Vital statistics of India. Vol. V, Reports of 1876 on armies & jails and on epidemic cholera
Year: 1876
Disease focus: Cholera
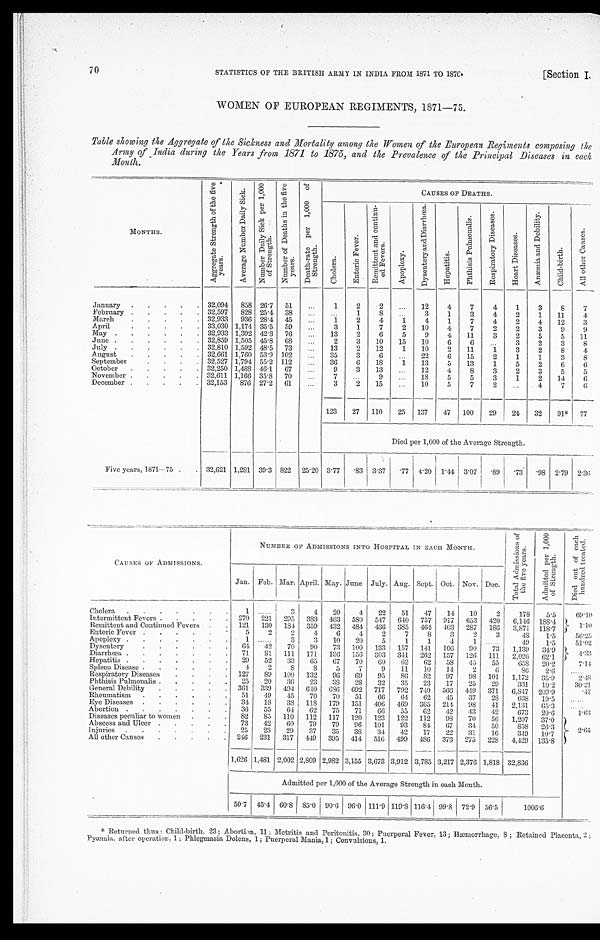
70
(Section I.
STATISTICS OF THE BRITISH ARMY IN INDIA FROM 1871 TO 1876.
WOMEN OF EUROPEAN REGIMENTS, 1871—75.
Table showing the Aggregate of the Sickness and Mortality among the Women of the European Regiments composing the
Army of India during the Years from 1871 to 1875, and the Prevalence of the Principal Diseases in each
Month.
MONTHS.
A g g r e g a t e S t r e n g t h o f t h e f i v e y e a r s .
A v e r a g e N u m b e r D a i l y S i c k .
N u m b e r D a i l y S i c k P e r 1 , 0 0 0 o f S t r e n g t h .
N u m b e r o f D e a t h s i n t h e f i v e y e a r s .
D e a t h - r a t e P e r 1 , 0 0 0 o f S t r e n g t h .
CAUSES OF DEATHS.
C h o l e r a .
E n t e r i c F e v e r .
R e m i t t e n t a n d c o n t i n u - e d F e v e r s .
A p o p l e x y .
D y s e n t e r y a n d D i a r r h œ a .
H e p a t i t i s .
P h t h i s i s P u l m o n a l i s .
R e s p i r a t o r y D i s e a s e s .
H e a r t D i s e a s e s .
A n æ m i a a n d D e b i l i t y .
C h i l d - b i r t h .
A l l o t h e r C a u s e s .
January . . . 32,094
858
26.7
51
. . .
1
2
2
. . .
12
4
7
4
1
3
8
7
February . . . 32,597
828 25.4
38
. . .
. . .
1
8
. . .
3
1
3
4
2
1
11
4
March . . . 32,933
936
28.4
45
. . .
1
2
4
1
4
1
7
4
2
4
12
3
April . . . 33,030 1,174 35.5
59
. . .
3
1
7
2
10
4
7
2
2
3
9
9
May . . . 32,933 1,392 42.3
76
. . .
13
2
6
5
9
4
11
3
2
5
5
11
June . . . 32,859 1,505 45.8
68
. . .
2
3
10
15
10
6
6
. . .
3
2
3
8
July . . . 32,810 1,592 48.5
73
. . .
13
2
12
1
10
2
11
1
3
2
8
4
August . . . 32,661 1,760 53.9
102
. . .
35
3
6
. . . 22
6
15
2
1
1
3
8
September . . . 32,527 1,794 55.2 112
. . .
36
6
18
1
13
5
13
1
5
2
6
6
October . . . 32,250 1,488 46.1
67
. . .
9
3
13
. . .
12
4
8
3
2
3
5
5
November . . . 32,611 1,166 35.8
70
. . .
7
. . .
9
. . .
18
5
5
3
1
2
14
6
December . . .
32,153
876
27.2
61
. . .
3
2
15
. . .
10
5
7
2
. . .
4
'7
6
123
27
110
25
137
47
100
29
24
32
9 1 *
77
Died per 1,000 of the Average Strength.
Five years, 1871—75 . . . 32,621 1,281
39.3 822
25.20 3.77
.83
3.37
. 7 7 4.20
1.44
3.07 .89
.73
.98
2.79
2.36
CAUSES OF ADMISSIONS.
NUMBER OF ADMISSIONS INTO HOSPITAL IN EACH MONTH.
T o t a l A d m i s s i o n s o f t h e f i v e y e a r s .
A d m i s s i o n p e r 1 , 0 0 0 o f S t r e n g t h .
D i e d o u t o f e a c h h u n d r e d t r e a t e d .
Jan. Feb. Mar. April. May. June
July. Aug. Sept. Oct. Nov. Dec.
Cholera . . .
1
. . .
3
4
20
4
22
51
47
14
10
2
178
5.5
69.10
Intermittent Fevers . . .
270
221
295
383
463
580
547
640
757
917
653
420
6,146
188.4
1.10
Remittent and Continued Fevers . . .
121
130
184
359
432
484
436
385
464
403
287
186
3,871
118.7
Enteric Fever . . .
5
2
2
4
6
4
2
7
8
3
2
3
48
1.5
56.25
Apoplexy . . .
1
. . .
3
3
10
20
5
1
1
4
1
. . .
49
1.5
51.02
Dysentery . . .
64
42
70
90
73
100
133
157
141
106
90
73
1,139
34.9
4.33
Diarrhœa . . .
71
81
111
171
136
156
303
341
262
157
126
111
2,026
62.1
Hepatitis . . .
29
52
33
65
67
70
60
62
62
58
45
55
658
20.2
7.14
Spleen Disease . . .
4
2
8
8
5
7
9
11
10
14
2
6
86
2.6
. . .
Respiratory Diseases . . .
127
89
100
132
96
69
95
86
82
97
98
101
1,172
35.9
2.48
.Phthisis Pulmonalis . . .
25
20
36
23
3 8
28
32
35
23
17
25
29
331
10.2
30.21
General Debility . . .
361
339
494
640
686
692
717
792
740
566
449
371
6,847
209.9
.47
Rheumatism . . .
51
49
45
70
70
51
66
64
62
45
37
28
638
19.5
. . .
Eye Diseases . . .
34
18
38
118
179
151
406
469
365
214
98
41
2,131
65.3
. . .
Abortion . . .
36
55
64
62
75
71
66
55
62
42
43
42
673
20.6
1.63
Diseases peculiar to women . . .
82
85
110
112
117
120
123
122
112
98
70
56
1,207
37.0
2.64
Abscess and Ulcer . . .
73
42
60
79
79
96
101
93
84
67
34
50
858
26.3
Injuries . . .
25
23
29
37
35
38
34
42
17
22
31
16
349
10.7
All other Causes . . .
246
231
317
449
395
414
516
499
486
373
275
228
4,429
135.8
1,626 1,481 2,002 2,809 2,982 3,155 3,673 3,912 3,785 3,217 2,376 1,818 32,836
Admitted per 1,000 of the Average Strength in each Month.
50.7
45.4
60.8 85.0
90.6
96.0 111.9 119.8 116.4 99.8 72.9
56.5
1006.6
* Returned thus: Child-birth, 23; Abortion, 11; Metritis and Peritonitis, 30 ; Puerperal Fever, 13 ; Hæmorrhage, 8; Retained Placenta, 2;
Pyæmia, after operation, 1; Phlegmasia Dolens, 1; Puerperal Mania, 1; Convulsions, 1.